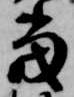
当